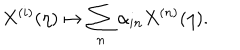
LaTeX: X ^ { ( i ) } ( \eta ) \mapsto \sum _ { n } \alpha _ { i n } X ^ { ( n ) } ( \eta ) .